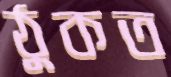
ঠুকত